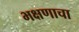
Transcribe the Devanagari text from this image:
भक्षणाचा